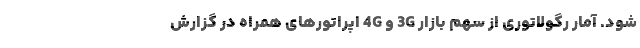
شود. آمار رگولاتوری از سهم بازار 3G و 4G اپراتورهای همراه در گزارش